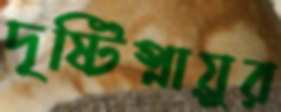
দৃষ্টিস্নায়ুর